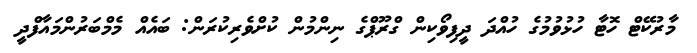
މާރުކޭޓް ހޮޓާ ހުޅުވުމުގެ ހުއްދަ ދީފިވޯކިން ގްރޫޕްގެ ނިންމުން ކުށްވެރިކުރަން: ބައެއް މެމްބަރުންމައާފްދީ